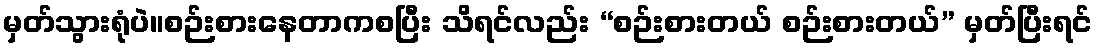
မှတ်သွားရုံပဲ။စဉ်းစားနေတာကစပြီး သိရင်လည်း “စဉ်းစားတယ် စဉ်းစားတယ်” မှတ်ပြီးရင်